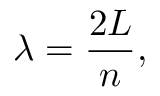
\lambda = { \frac { 2 L } { n } } ,